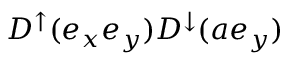
D ^ { \uparrow } ( e _ { x } e _ { y } ) D ^ { \downarrow } ( a e _ { y } )